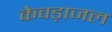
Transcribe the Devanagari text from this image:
केवड़ाजल